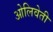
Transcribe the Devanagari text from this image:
ओलिवेती